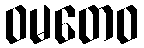
ဝမတေဝ